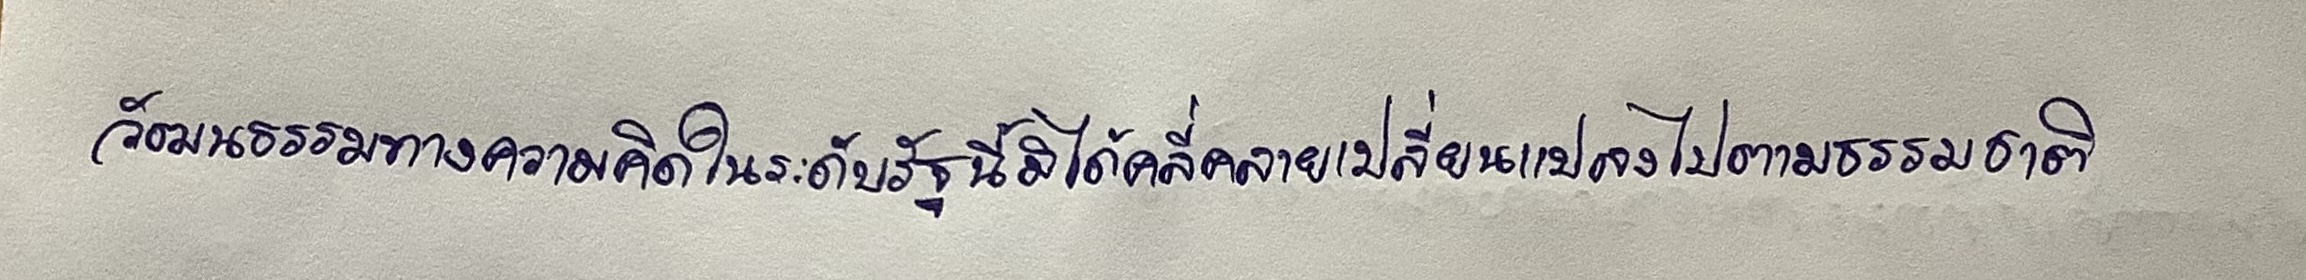
วัฒนธรรมทางความคิดในระดับรัฐนี้มิได้คลี่คลายเปลี่ยนแปลงไปตามธรรมชาติ